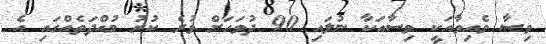
ވިސާ ވެއިވާއަކީ ވިސާއަކާ ނުލައި 90 ދުވަހަަށް ވުރެ ކުރު މުއްދަތެއްގައި އެ